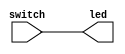
module led_map (
	input [3:0] switch,
	output [3:0] led
);

	assign led = switch;

endmodule